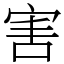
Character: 害